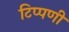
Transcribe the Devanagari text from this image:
टिप्‍पणी